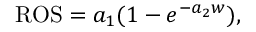
\mathrm { R O S } = a _ { 1 } ( 1 - e ^ { - a _ { 2 } w } ) ,